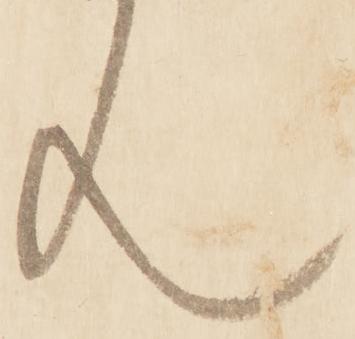
ん